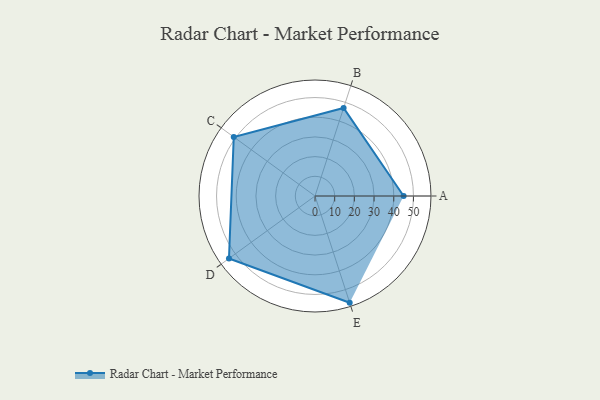
{"axis": {"x": "Skill", "y": "Score"}, "legend": ["Profile"], "data": [{"x": "A", "y": 45.0, "type": "Profile"}, {"x": "B", "y": 47.0, "type": "Profile"}, {"x": "C", "y": 51.0, "type": "Profile"}, {"x": "D", "y": 54.0, "type": "Profile"}, {"x": "E", "y": 57.0, "type": "Profile"}]}